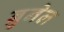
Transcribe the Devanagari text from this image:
ब्रुनेल